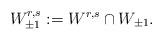
LaTeX: \begin{align*} W_{\pm 1}^{r,s} := W^{r,s} \cap W_{\pm 1}.\end{align*}